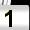
Digit: 1